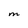
Character: M